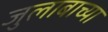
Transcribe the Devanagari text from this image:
जुलाबाच्या